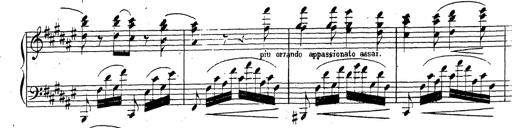
Title: Canzone Napolitana
Composer: Franz Liszt